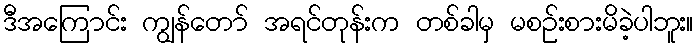
ဒီအကြောင်း ကျွန်တော် အရင်တုန်းက တစ်ခါမှ မစဉ်းစားမိခဲ့ပါဘူး။